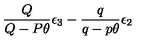
\frac { Q } { Q - P \theta } \epsilon _ { 3 } - \frac { q } { q - p \theta } \epsilon _ { 2 }